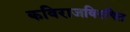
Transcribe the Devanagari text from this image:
कविराजविरचित